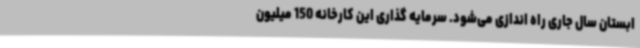
ابستان سال جاری راه اندازی می‌شود. سرمایه گذاری این کارخانه 150 میلیون